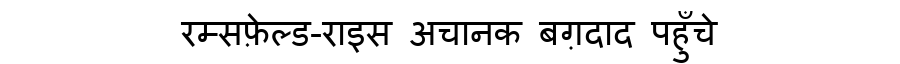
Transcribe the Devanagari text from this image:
रम्सफ़ेल्ड-राइस अचानक बग़दाद पहुँचे